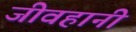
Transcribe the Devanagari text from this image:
जीवहानी